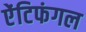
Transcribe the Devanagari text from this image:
ऐंटिफंगल